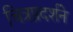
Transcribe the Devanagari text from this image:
चित्रप्रदर्शने